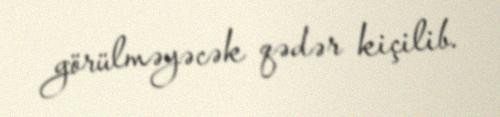
görülməyəcək qədər kiçilib.